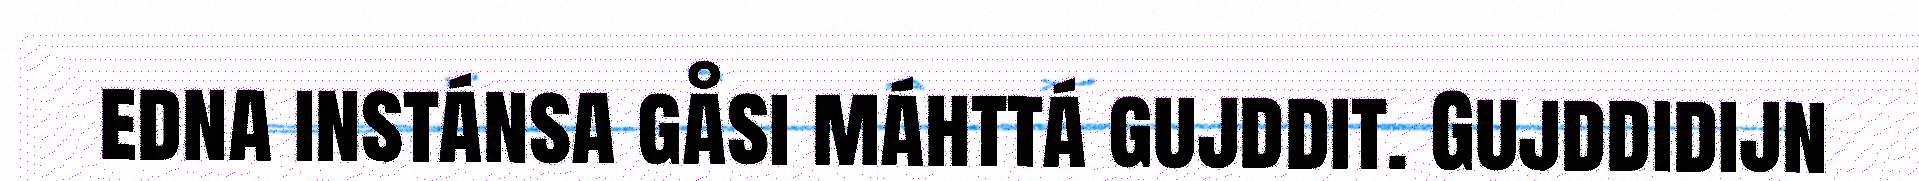
edna instánsa gåsi máhttá gujddit. Gujddidijn